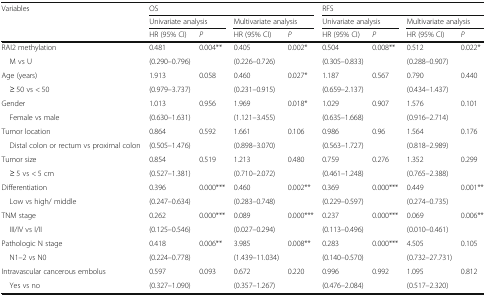
<table><thead><tr><td rowspan="3"><b>Variables</b></td><td colspan="4"><b>OS</b></td><td colspan="4"><b>RFS</b></td></tr><tr><td colspan="2"><b>Univariate analysis</b></td><td colspan="2"><b>Multivariate analysis</b></td><td colspan="2"><b>Univariate analysis</b></td><td colspan="2"><b>Multivariate analysis</b></td></tr><tr><td><b>HR (95% CI)</b></td><td><b><i>P</i></b></td><td><b>HR (95% CI)</b></td><td><b><i>P</i></b></td><td><b>HR (95% CI)</b></td><td><b><i>P</i></b></td><td><b>HR (95% CI)</b></td><td><b><i>P</i></b></td></tr></thead><tbody><tr><td>RAI2 methylation</td><td>0.481</td><td>0.004**</td><td>0.405</td><td>0.002*</td><td>0.504</td><td>0.008**</td><td>0.512</td><td>0.022*</td></tr><tr><td> M vs U</td><td>(0.290–0.796)</td><td>[EMPTY_CELL]</td><td>(0.226–0.726)</td><td>[EMPTY_CELL]</td><td>(0.305–0.833)</td><td>[EMPTY_CELL]</td><td>(0.288–0.907)</td><td>[EMPTY_CELL]</td></tr><tr><td>Age (years)</td><td>1.913</td><td>0.058</td><td>0.460</td><td>0.027*</td><td>1.187</td><td>0.567</td><td>0.790</td><td>0.440</td></tr><tr><td> ≥ 50 vs &lt; 50</td><td>(0.979–3.737)</td><td>[EMPTY_CELL]</td><td>(0.231–0.915)</td><td>[EMPTY_CELL]</td><td>(0.659–2.137)</td><td>[EMPTY_CELL]</td><td>(0.434–1.437)</td><td>[EMPTY_CELL]</td></tr><tr><td>Gender</td><td>1.013</td><td>0.956</td><td>1.969</td><td>0.018*</td><td>1.029</td><td>0.907</td><td>1.576</td><td>0.101</td></tr><tr><td> Female vs male</td><td>(0.630–1.631)</td><td>[EMPTY_CELL]</td><td>(1.121–3.455)</td><td>[EMPTY_CELL]</td><td>(0.635–1.668)</td><td>[EMPTY_CELL]</td><td>(0.916–2.714)</td><td>[EMPTY_CELL]</td></tr><tr><td>Tumor location</td><td>0.864</td><td>0.592</td><td>1.661</td><td>0.106</td><td>0.986</td><td>0.96</td><td>1.564</td><td>0.176</td></tr><tr><td> Distal colon or rectum vs proximal colon</td><td>(0.505–1.476)</td><td>[EMPTY_CELL]</td><td>(0.898–3.070)</td><td>[EMPTY_CELL]</td><td>(0.563–1.727)</td><td>[EMPTY_CELL]</td><td>(0.818–2.989)</td><td>[EMPTY_CELL]</td></tr><tr><td>Tumor size</td><td>0.854</td><td>0.519</td><td>1.213</td><td>0.480</td><td>0.759</td><td>0.276</td><td>1.352</td><td>0.299</td></tr><tr><td> ≥ 5 vs &lt; 5 cm</td><td>(0.527–1.381)</td><td>[EMPTY_CELL]</td><td>(0.710–2.072)</td><td>[EMPTY_CELL]</td><td>(0.461–1.248)</td><td>[EMPTY_CELL]</td><td>(0.765–2.388)</td><td>[EMPTY_CELL]</td></tr><tr><td>Differentiation</td><td>0.396</td><td>0.000***</td><td>0.460</td><td>0.002**</td><td>0.369</td><td>0.000***</td><td>0.449</td><td>0.001**</td></tr><tr><td> Low vs high/ middle</td><td>(0.247–0.634)</td><td>[EMPTY_CELL]</td><td>(0.283–0.748)</td><td>[EMPTY_CELL]</td><td>(0.229–0.597)</td><td>[EMPTY_CELL]</td><td>(0.274–0.735)</td><td>[EMPTY_CELL]</td></tr><tr><td>TNM stage</td><td>0.262</td><td rowspan="2">0.000***</td><td>0.089</td><td rowspan="2">0.000***</td><td>0.237</td><td rowspan="2">0.000***</td><td>0.069</td><td rowspan="2">0.006**</td></tr><tr><td> III/IV vs I/II</td><td>(0.125–0.546)</td><td>(0.027–0.294)</td><td>(0.113–0.496)</td><td>(0.010–0.461)</td></tr><tr><td>Pathologic N stage</td><td>0.418</td><td>0.006**</td><td>3.985</td><td>0.008**</td><td>0.283</td><td>0.000***</td><td>4.505</td><td>0.105</td></tr><tr><td> N1–2 vs N0</td><td>(0.224–0.778)</td><td>[EMPTY_CELL]</td><td>(1.439–11.034)</td><td>[EMPTY_CELL]</td><td>(0.140–0.570)</td><td>[EMPTY_CELL]</td><td>(0.732–27.731)</td><td>[EMPTY_CELL]</td></tr><tr><td>Intravascular cancerous embolus</td><td>0.597</td><td>0.093</td><td>0.672</td><td>0.220</td><td>0.996</td><td>0.992</td><td>1.095</td><td>0.812</td></tr><tr><td> Yes vs no</td><td>(0.327–1.090)</td><td>[EMPTY_CELL]</td><td>(0.357–1.267)</td><td>[EMPTY_CELL]</td><td>(0.476–2.084)</td><td>[EMPTY_CELL]</td><td>(0.517–2.320)</td><td>[EMPTY_CELL]</td></tr></tbody></table>